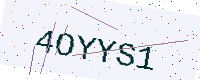
Text: 4OYYS1